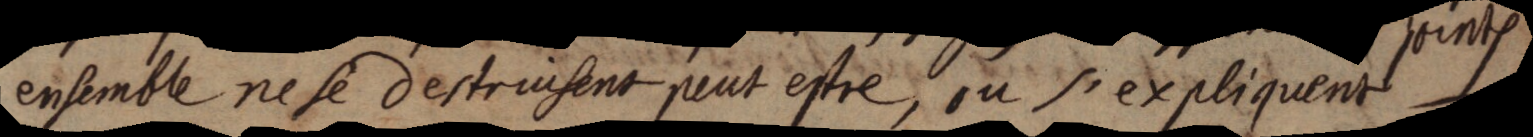
ensemble ne se destruisent peut estre, ou s’expliquent